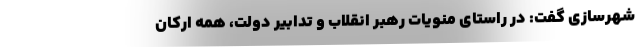
شهرسازی گفت: در راستای منویات رهبر انقلاب و تدابیر دولت، همه ارکان